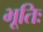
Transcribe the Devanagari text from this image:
भूतिः